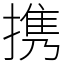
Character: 携